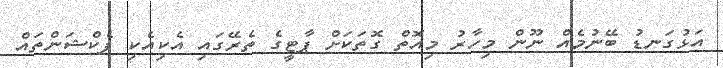
އަޅުގަނޑު ބޭނުމެއް ނޫން މިހާރު މިއޮތް ގޮތަކަށް ޕާޓީގެ ތެރޭގައި އެކިއެކި ފެކްޝަންތައް